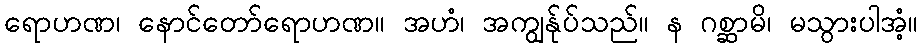
ရောဟဏ၊ နောင်တော်ရောဟဏ။ အဟံ၊ အကျွန်ုပ်သည်။ န ဂစ္ဆာမိ၊ မသွားပါအံ့။